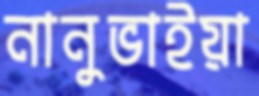
নানুভাইয়া